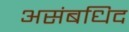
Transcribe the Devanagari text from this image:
असंबधिद